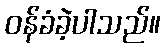
ဝန်ခံခဲ့ပါသည်။